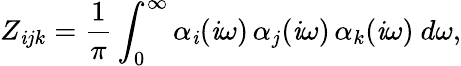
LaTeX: Z_{\mathit{i}jk}=\frac{1}{\pi}\int_{0}^{\infty}\alpha_{\mathit{i}}(\mathrm{{\mathit{i}}}\omega)\, \alpha_{j}(\mathrm{{\mathit{i}}}\omega)\, \alpha_{k}(\mathrm{{\mathit{i}}}\omega)~d\omega,